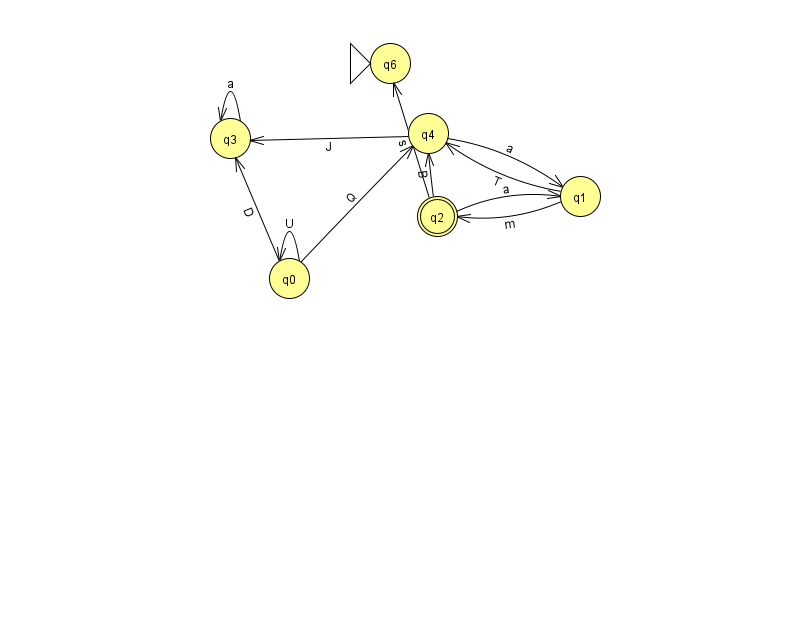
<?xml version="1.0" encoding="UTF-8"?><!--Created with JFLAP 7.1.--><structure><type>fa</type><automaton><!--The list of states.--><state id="0" name="q0"><x>289.0</x><y>265.0</y></state><state id="1" name="q1"><x>580.0</x><y>183.0</y></state><state id="2" name="q2"><x>437.0</x><y>203.0</y><final/></state><state id="3" name="q3"><x>230.0</x><y>125.0</y></state><state id="4" name="q4"><x>428.0</x><y>120.0</y></state><state id="6" name="q6"><x>390.0</x><y>50.0</y><initial/></state><!--The list of transitions.--><transition><from>3</from><to>3</to><read>a</read></transition><transition><from>2</from><to>1</to><read>a</read></transition><transition><from>0</from><to>0</to><read>U</read></transition><transition><from>4</from><to>3</to><read>J</read></transition><transition><from>0</from><to>3</to><read>D</read></transition><transition><from>2</from><to>6</to><read>s</read></transition><transition><from>4</from><to>1</to><read>a</read></transition><transition><from>2</from><to>4</to><read>B</read></transition><transition><from>0</from><to>4</to><read>Q</read></transition><transition><from>1</from><to>2</to><read>m</read></transition><transition><from>1</from><to>4</to><read>T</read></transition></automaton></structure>